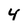
Character: 4